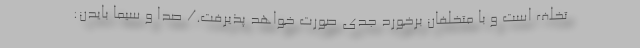
تخلف است و با متخلفان برخورد جدي صورت خواهد پذيرفت./ صدا و سیما بایدن: